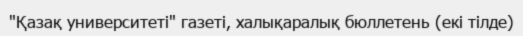
"Қазақ университеті" газеті, халықаралық бюллетень (екі тілде)